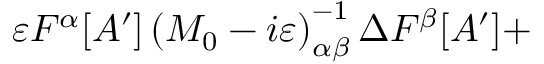
\varepsilon F ^ { \alpha } [ A ^ { \prime } ] \left( M _ { 0 } - i \varepsilon \right) _ { \alpha \beta } ^ { - 1 } \Delta F ^ { \beta } [ A ^ { \prime } ] +